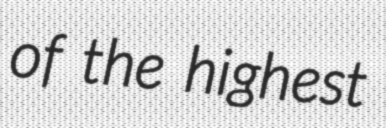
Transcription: of the highest